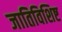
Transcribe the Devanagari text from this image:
जातिविशिष्ट